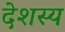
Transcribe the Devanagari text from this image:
देशस्य